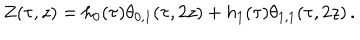
LaTeX: Z ( \tau , z ) = h _ { 0 } ( \tau ) \theta _ { 0 , 1 } ( \tau , 2 z ) + h _ { 1 } ( \tau ) \theta _ { 1 , 1 } ( \tau , 2 z ) \, .